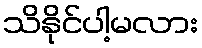
သိနိုင်ပါ့မလား